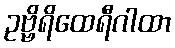
ဥဗ္ဗိရိထေရီဂါထာ